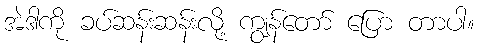
အဲဒါကို ခပ်ဆန်းဆန်းလို့ ကျွန်တော် ပြော တာပါ။